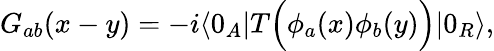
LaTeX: G_{ab}(x-y)=-i\langle 0_{A}|T\Big(\phi_{a}(x)\phi_{b}(y)\Big)|0_{R}\rangle,